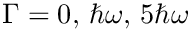
\Gamma = 0 , \, \hbar \omega , \, 5 \hbar \omega